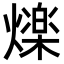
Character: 𭶒